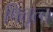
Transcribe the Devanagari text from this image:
पितृत्च